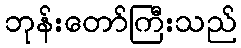
ဘုန်းတော်ကြီးသည်